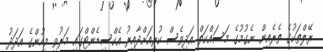
ރޭލްތަކުގެ ތެރެއިން ނެގުމުގެ މަސައްކަތް އަދިވެސް ކުރިއަށްދާއިރު އެކްސިޑެންޓްގައި މަރުވި މީހުންގެ އަދަދު